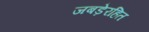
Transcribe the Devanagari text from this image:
जबड़ेरहित